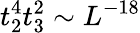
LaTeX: t_{2}^{4}t_{3}^{2}\sim L^{-18}